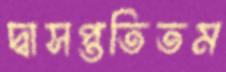
দ্বাসপ্ততিতম